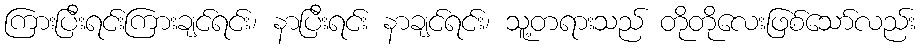
ကြားပြီးရင်းကြားချင်ရင်း၊ နာပြီးရင်း နာချင်ရင်း၊ သူ့တရားသည် တိုတိုလေးဖြစ်သော်လည်း